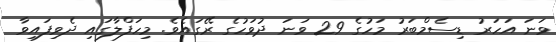
ވަނަ އަހަރު ޑިސެމްބަރު މަހުގެ 29 ވަނަ ދުވަހުގެ ރޭގައެވެ. މިހަފްލާގައި ދެވިފައިވާ